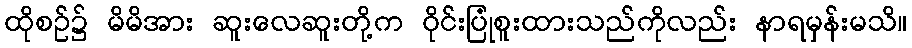
ထိုစဉ်၌ မိမိအား ဆူးလေဆူးတို့က ဝိုင်းပြုံစူးထားသည်ကိုလည်း နာရမှန်းမသိ။